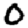
Digit: 0